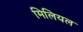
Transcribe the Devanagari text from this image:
मिलियल